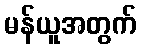
မန်ယူအတွက်